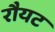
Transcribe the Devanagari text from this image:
रौयट